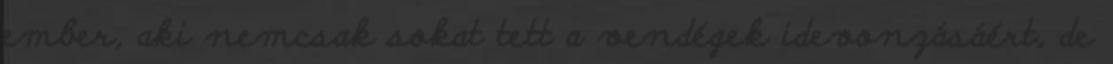
ember, aki nemcsak sokat tett a vendégek idevonzásáért, de